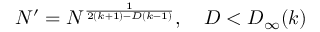
N ^ { \prime } = N ^ { \frac { 1 } { 2 ( k + 1 ) - D ( k - 1 ) } } , \quad D < D _ { \infty } ( k )